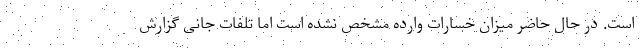
است. در حال حاضر میزان خسارات وارده مشخص نشده است اما تلفات جانی گزارش